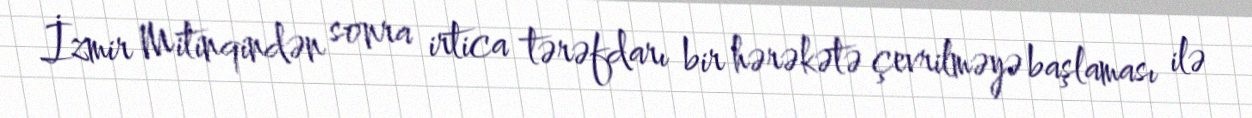
İzmir Mitinqindən sonra irtica tərəfdarı bir hərəkətə çevrilməyə başlaması ilə